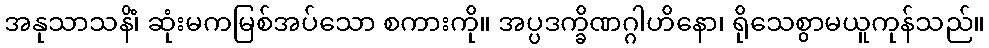
အနုသာသနိံ၊ ဆုံးမကမြစ်အပ်သော စကားကို။ အပ္ပဒက္ခိဏဂ္ဂါဟိနော၊ ရိုသေစွာမယူကုန်သည်။